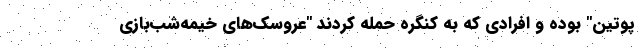
پوتین" بوده و افرادی که به کنگره حمله کردند "عروسک‌های خیمه‌شب‌بازی